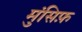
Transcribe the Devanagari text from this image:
मुंसिफ़